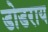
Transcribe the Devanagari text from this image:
डोडराय